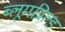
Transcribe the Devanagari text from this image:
ब्लूम्फ़ील्ड